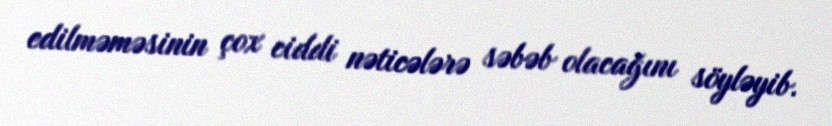
edilməməsinin çox ciddi nəticələrə səbəb olacağını söyləyib.